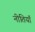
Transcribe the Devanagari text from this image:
नीतियॉं